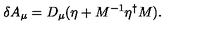
\delta A _ { \mu } = D _ { \mu } ( \eta + M ^ { - 1 } \eta ^ { \dagger } M ) .